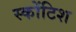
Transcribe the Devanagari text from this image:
स्कोंटिश